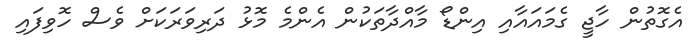
އެގޮތުން ހާޖީ ގެމައައާއި އިންޑޯ މާއްދާތަކުން އެންމެ މޮޅު ދަރިވަރަކަށް ވެސް ހޮވިފައި